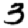
Digit: 3